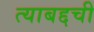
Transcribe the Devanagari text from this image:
त्याबद्दची